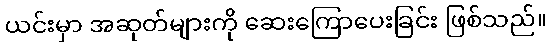
ယင်းမှာ အဆုတ်များကို ဆေးကြောပေးခြင်း ဖြစ်သည်။